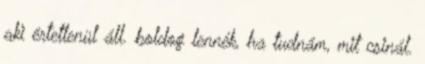
aki értetlenül áll. boldog lennék, ha tudnám, mit csinál.